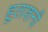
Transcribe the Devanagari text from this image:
हुताशनी